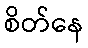
စိတ်နေ